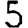
Digit: 5